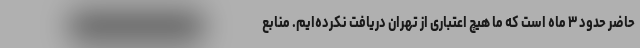
حاضر حدود ۳ ماه است که ما هیچ اعتباری از تهران دریافت نکرده‌ایم. منابع